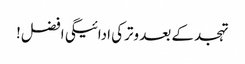
تہجد کے بعد وترکی ادائیگی افضل!